Annual report on the lock hospitals of the Madras Presidency
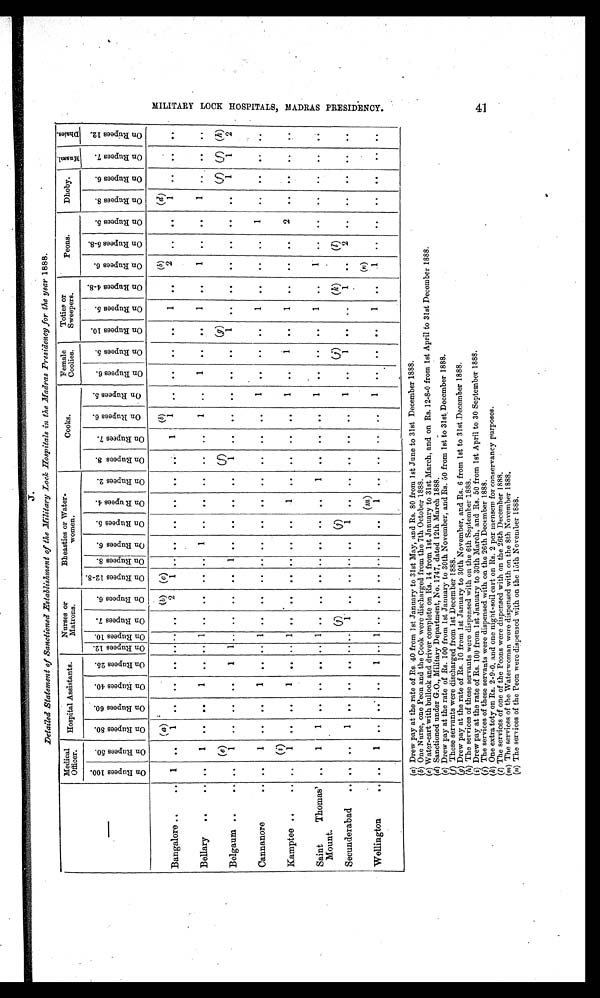
J.
Detailed Statement of Sanctioned Establishment of the Military Lock Hospitals in the Madras Presidency for the year 1888.
Medical
Officer.
Hospital Assistants.
Nurses or
Matrons.
Bheasties or Water-
women.
Cooks.
Female
Coolies.
Toties or
Sweepers.
Peons.
Dhoby.
M u s s a l .
D h a i e s .
O n R u p e e s 1 0 0 .
O n R u p e e s 5 0 .
O n R u p e e s 8 0 .
O n R u p e e s 6 0 .
O n R u p e e s 4 0 .
O n R u p e e s 2 5 .
O n R u p e e s 1 2 .
O n R u p e e s 1 0 . O n R u p e e s 7 .
O n R u p e e s 6 .
O n R u p e e s 1 2 - 8 .
O n R u p e e s 8 . O n R u p e e s 6 .
O n R u p e e s 5 .
O n R u p e e s 4 .
O n R u p e e s 2 .
O n R u p e e s 8 .
O n R u p e e s 7 .
O n R u p e e s 6 .
O n R u p e e s 5 .
O n R u p e e s 6 .
O n R u p e e s 5 .
O n R u p e e s 1 0 .
O n R u p e e s 5 .
O n R u p e e s 4 - 8 .
O n R u p e e s 6 .
O n R u p e e s 5 - 8 .
O n R u p e e s 5 .
O n R u p e e s 8 .
O n R u p e e s 6 .
O n R u p e e s 7 .
O n R u p e e s 1 2 .
Bangalore ..
. .
( a)
(b ) ( c )
(b)
(b)
(d)
1
. . 1
. .
. . ..
. . . . . .
2
1
. . . .
..
. .
. .
. . 1
1
. .
. .
. .
. .
1
. .
2
. .
. .
1 ..
. .
. .
Belfry
. . ..
1 ..
. .
1
. . . . 1
. .
. .
.. . . 1 ..
. .
.. . . ..
. .
1
. .
1
. . 1 ..
1
.. . .
1
. .
. .
. .
(e)
(f)
( g )
(f) (f) (h)
Belgaum ..
. . . .
1
. .
. .
. .
1 1 . .
. . ... . . 1 . .
.. ..
. .
1
. .
. .
. .
. .
. .
1
. .
. .
. .
. .
. .
. .
1
1
2
Cannanore
. . . .
1
. .
. .
1
. . . . 1 . .
. .
1
. . . .
.. ..
. .
. .
. .
. .
1
. .
. .
. .
1
. .
. .
. .
1
. .
. .
. .
. .
(i )
Kamptee ..
. . ..
1
. .
. .
1
. . . . 1 . .
. .
. .
. . . .
..
1
. .
. . .. . . 1
. .
. . . .
1
. .
.. . .
2
. . . .
. .
. .
Saint Thomas'
Mount.
..
1
1
. .
. . ..
. . 1
. .
. . .. ..
. .
..
. .
1
. . ..
. . 1
. .
. .
. .
1
. .
. .
. .
. . ..
. .
. .
. .
(j)
(j)
(j)
(k)
(1)
Secunderabad
. . . . ..
1
. .
. .
. . . . . . 1 .. ..
. . ..
1
. .
. . . .
. .
. .
1
. .
1
. .
. .
1
. .
2 ..
..
. .
. .
. .
( m )
(n)
Wellington
. . . .
1 ..
.. . .
1
. . 1 . .
. .
. .
. . . .
..
1
. .
. .
. .
. .
1 .. ..
. .
1
. .
1 ..
. .
. .
. .
. .
. .
(a) Drew pay at the rate of Rs. 40 from 1st January to 31st May, and Rs. 80 from 1st June to 31st December 1888.
(b)One Nurse, one Peon and the Cook were discharged from the 7th October 1888.
(c)
Water-cart with bullock and driver complete on Rs. 14 from 1st January to 31st March, and on Its. 12-8-0 from 1st April to 31st December 1888.
(d) Sanctioned under G.O., Military Department, No. 1747, dated 12th March 1888.
(e)Drew pay at the rate of Rs. 100 from 1st January to 30th November, and Rs. 50 from 1st to 31st. December 1888.
(f) These servants were discharged from 1st December 1888.
(g)Drew pay at the rate of Rs. 10 from 1st January to 30th November, and Rs. 6 from 1st to 31st December 1888.
(h) The services of these servants were dispensed with on the 6th September 1888.
(i) Drew pay at the rate of Rs. 100 from 1st January to 30th March, and Rs. 50 from 1st April to 30 September 1888.
(j) The services of these servants were dispensed with on the 26th December 1888.
(k) One extra toty on Rs. 2-9-0, and one night-soil cart on Rs. 2 per mensem for conservancy purposes.
(l)
The services of one of the Peons were dispensed with on the 26th December 1888.
(m)
The services of the Waterwoman were dispensed with on the 8th November 1888.
(n)
The services of the Peon were dispensed with on the 15th November 1888.
M I L I T A R Y L O C K H O S P I T A L S , M A D R A S P R E S I D E N C Y .